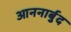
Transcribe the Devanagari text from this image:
आननार्बुद